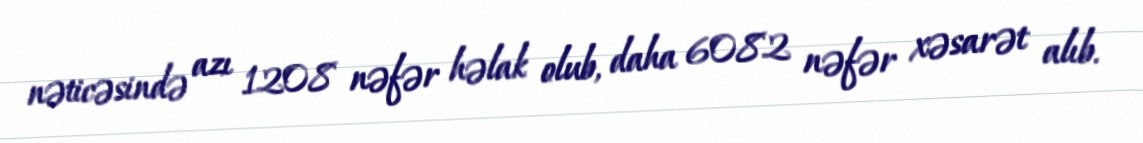
nəticəsində azı 1208 nəfər həlak olub, daha 6082 nəfər xəsarət alıb.